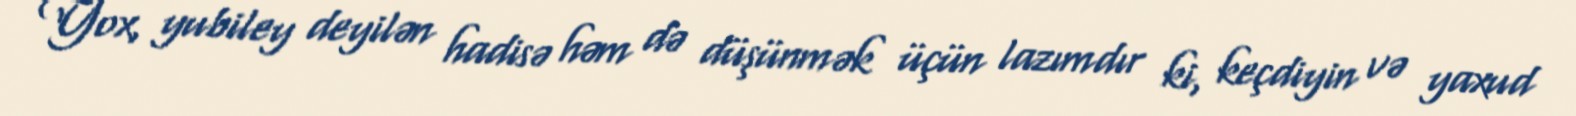
Yox, yubiley deyilən hadisə həm də düşünmək üçün lazımdır ki, keçdiyin və yaxud